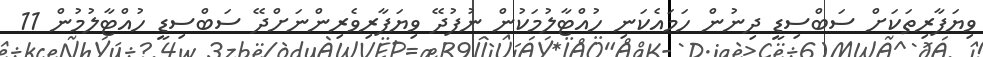
ވިޔަފާރިތަކަށް ސަބްސިޑީ ދިނުން ހަމައެކަނި ހުއްޓާލުމަކުން ނުފުދޭ ވިޔަފާރިވެރިންނަށްދޭ ސަބްސިޑީ ހުއްޓާލުމުން 11